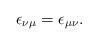
LaTeX: \begin{align*}\epsilon_{\nu\mu}=\epsilon_{\mu\nu}.\end{align*}